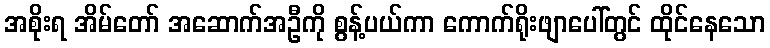
အစိုးရ အိမ်တော် အဆောက်အဦကို စွန့်ပယ်ကာ ကောက်ရိုးဖျာပေါ်တွင် ထိုင်နေသော